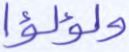
ولؤلؤا